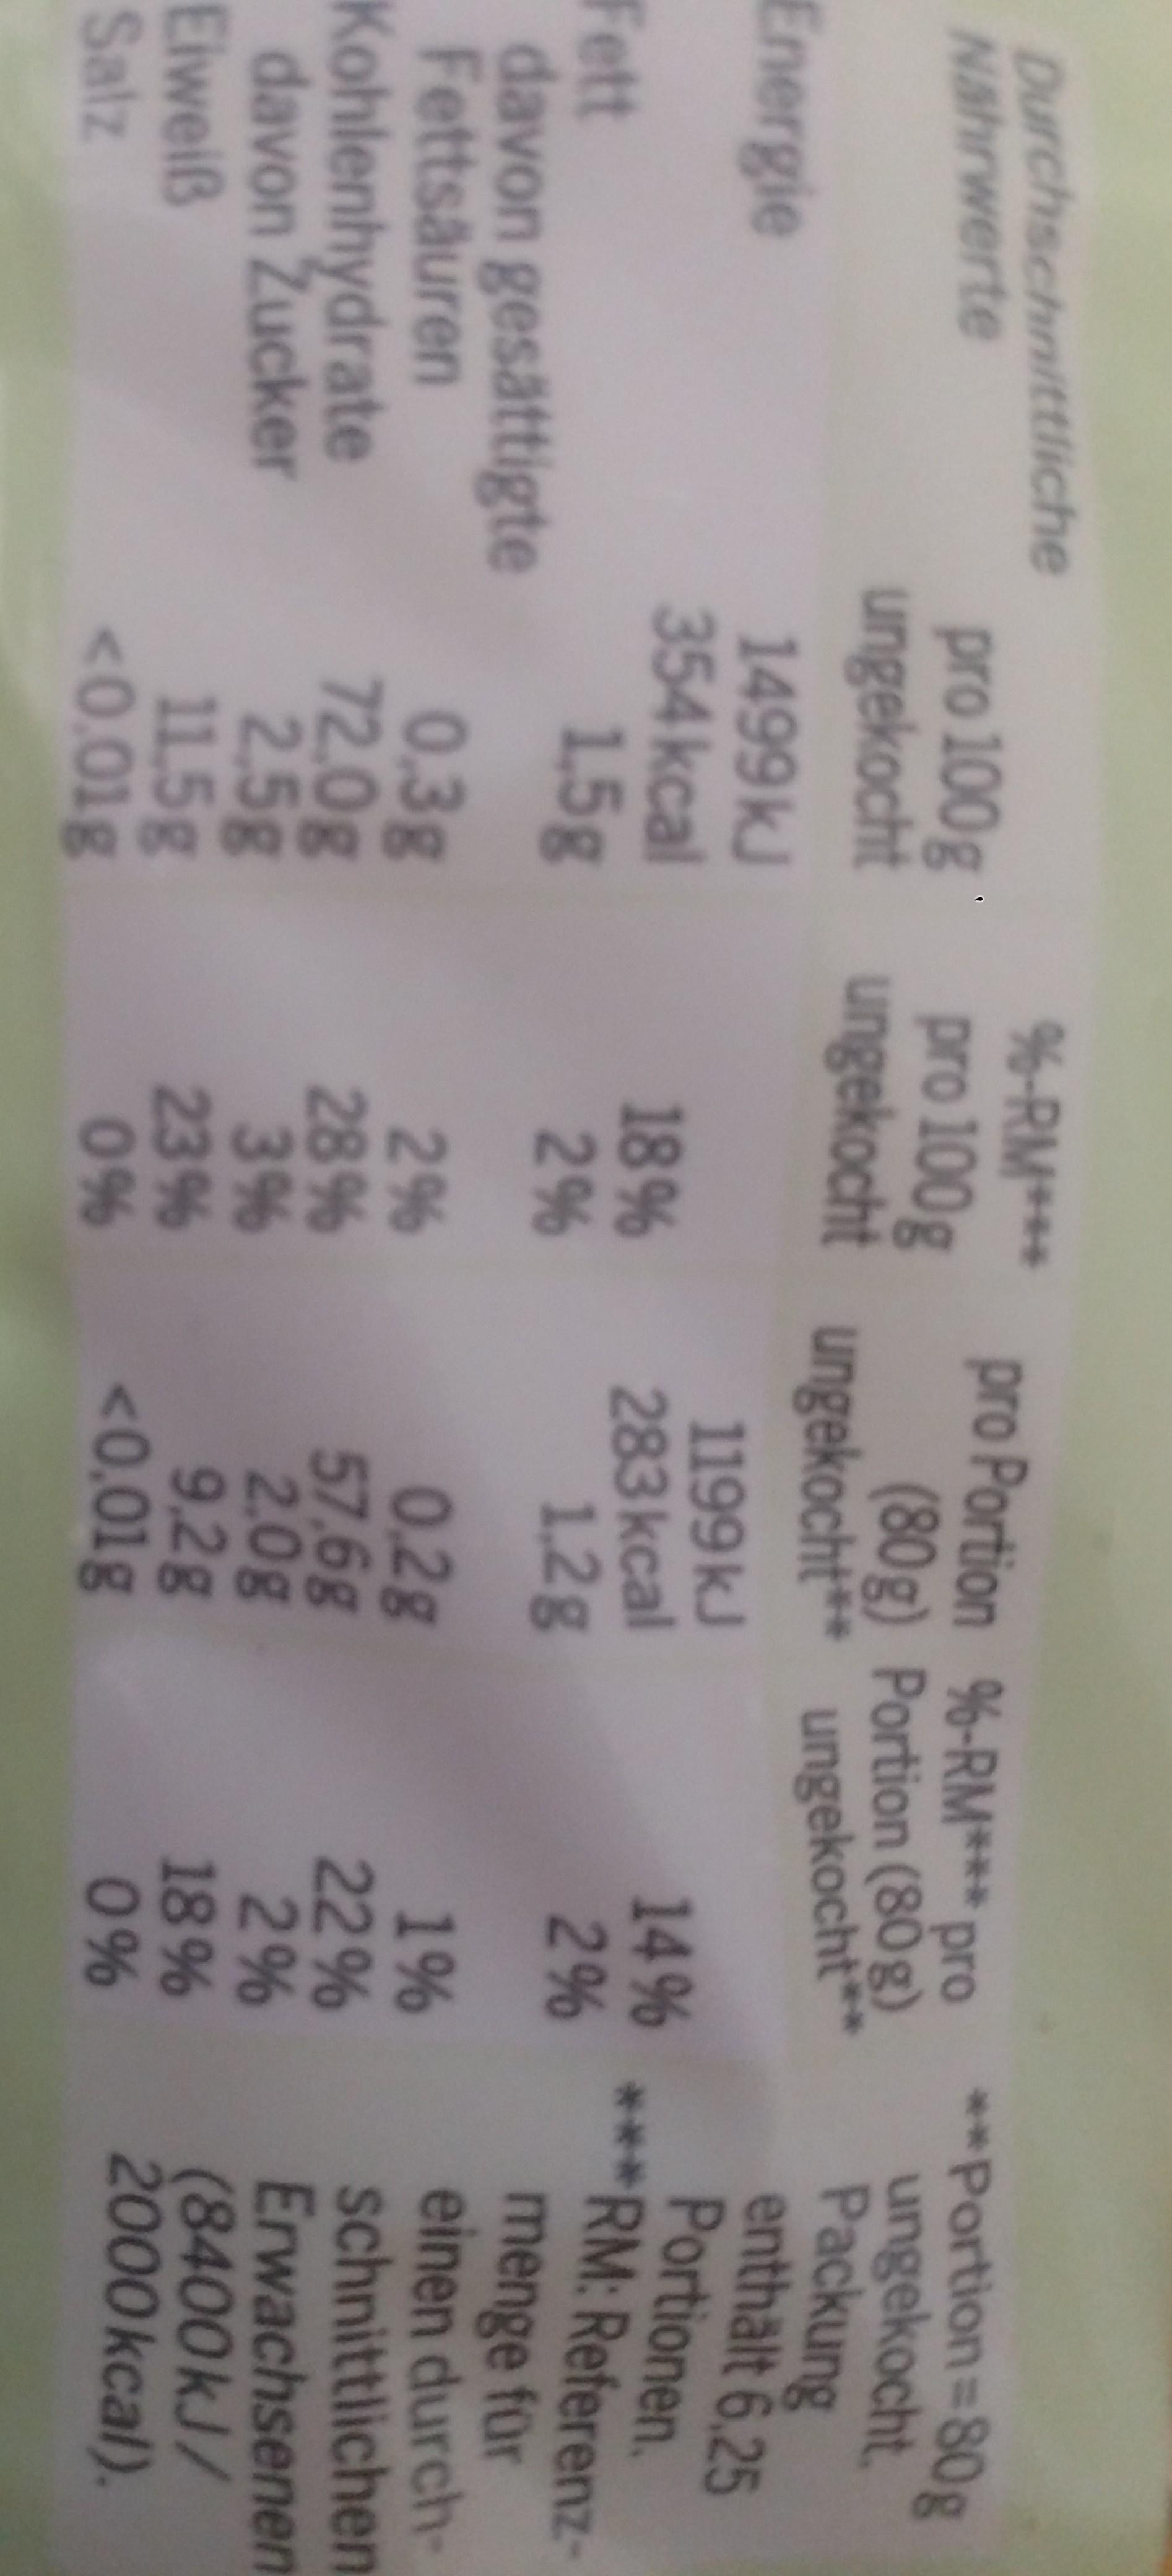
8888 Durchschnittliche Nahrwerte **Portion=80g 96-RM* pro 100g pro Portion %-RM*** pro pro 100g ungekocht Packung enthält 6,25 Portionen. (80g) Portion (80 g) ungekocht ungekocht ungekocht ungekocht 1499KJ 354kcal 15g Energie 1199KJ 14% ***RM:Referenz 2% 18% 283 kcal 2% 1.2g menge für einen durch schnittlichen Erwachsenen (8400kJ/ 2000kcal). Fett davon gesättigte Fettsäuren Kohlenhydrate 0.2g 57,6g 2.0g 9.2g 0,3g 72.0g 2.5g 11.5g <0.01g 2% 3% 0% <0.01g 22% 2% 18% 0% 28% davon Zucker Eiweiß Salz 23%